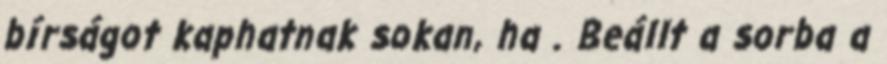
bírságot kaphatnak sokan, ha . Beállt a sorba a